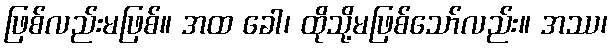
ဖြစ်လည်းမဖြစ်။ အထ ခေါ၊ ထိုသို့မဖြစ်သော်လည်း။ အဿ၊